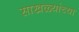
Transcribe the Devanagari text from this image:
साखळ्यांच्या